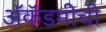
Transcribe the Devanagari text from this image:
ॲकॅडमीची